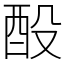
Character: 酘